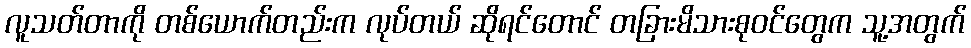
လူသတ်တာကို တစ်ယောက်တည်းက လုပ်တယ် ဆိုရင်တောင် တခြားမိသားစုဝင်တွေက သူ့အတွက်